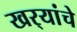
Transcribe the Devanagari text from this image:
खर्‍यांचे